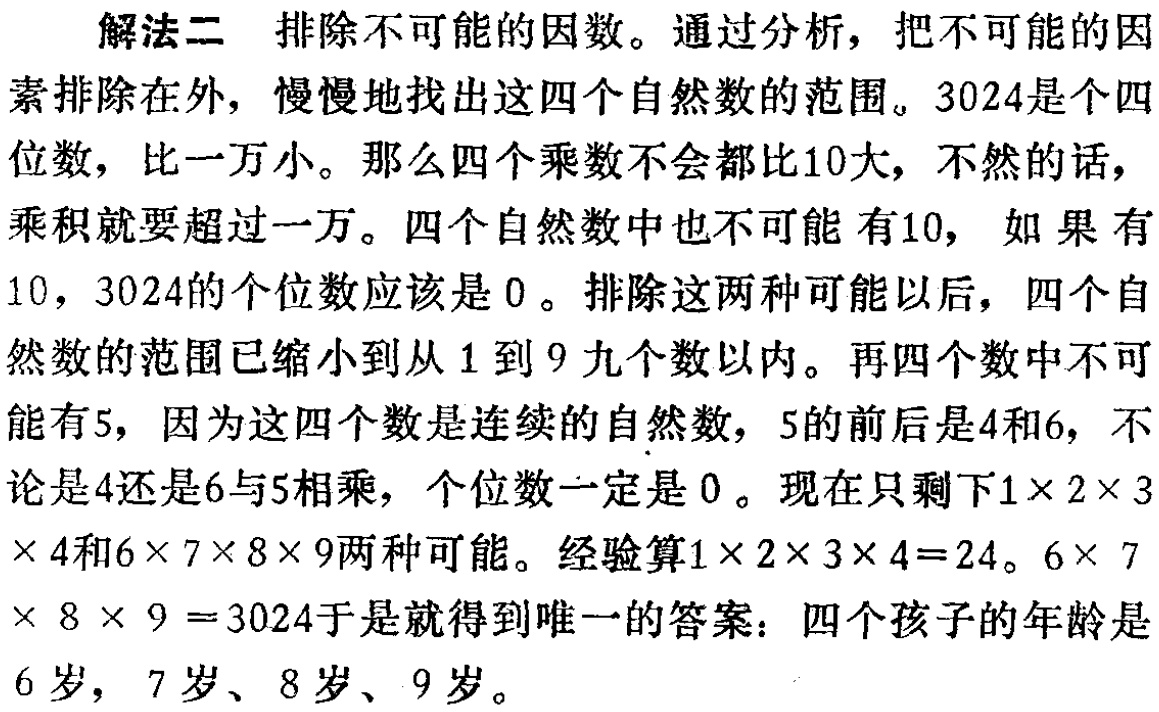
解法二 排除不可能的因数。通过分析，把不可能的因素排除在外，慢慢地找出这四个自然数的范围。3024是个四位数，比一万小。那么四个乘数不会都比10大，不然的话，乘积就要超过一万。四个自然数中也不可能 有10， 如 果 有10，3024的个位数应该是0 。排除这两种可能以后，四个自然数的范围已缩小到从1到9九个数以内。再四个数中不可能有5，因为这四个数是连续的自然数，5的前后是4和6，不论是4还是6与5相乘，个位数一定是0 。现在只剩下\(1\times 2\times 3\times 4\)和\(6\times 7\times 8\times 9\)两种可能。经验算\(1\times 2\times 3\times 4 = 24\)。\(6\times 7\times 8\times 9 = 3024\)于是就得到唯一的答案：四个孩子的年龄是6岁，7岁、8岁、9岁。